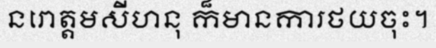
នរោត្តមសីហនុ ក៏មានការថយចុះ។